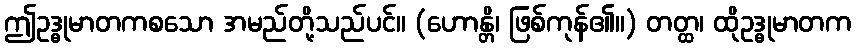
ဤဥဒ္ဓုမာတကစသော အမည်တို့သည်ပင်။ (ဟောန္တိ၊ ဖြစ်ကုန်၏။) တတ္ထ၊ ထိုဥဒ္ဓုမာတက